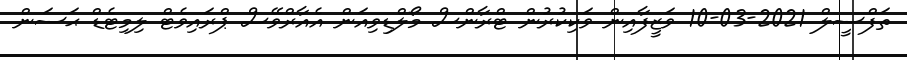
ތަފްސީލް 2021-03-10 ވަޒީފާއިން ވަކިކުރުން ޓްރާންސް މޯލްޑިވިއަން އެއާރްވޭސް ޕްރައިވެޓް ލިމިޓެޑް ޙަސަން